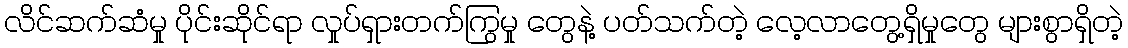
လိင်ဆက်ဆံမှု ပိုင်းဆိုင်ရာ လှုပ်ရှားတက်ကြွမှု တွေနဲ့ ပတ်သက်တဲ့ လေ့လာတွေ့ရှိမှုတွေ များစွာရှိတဲ့